Jaan_Tonisson_(Lasteleht), lk 536
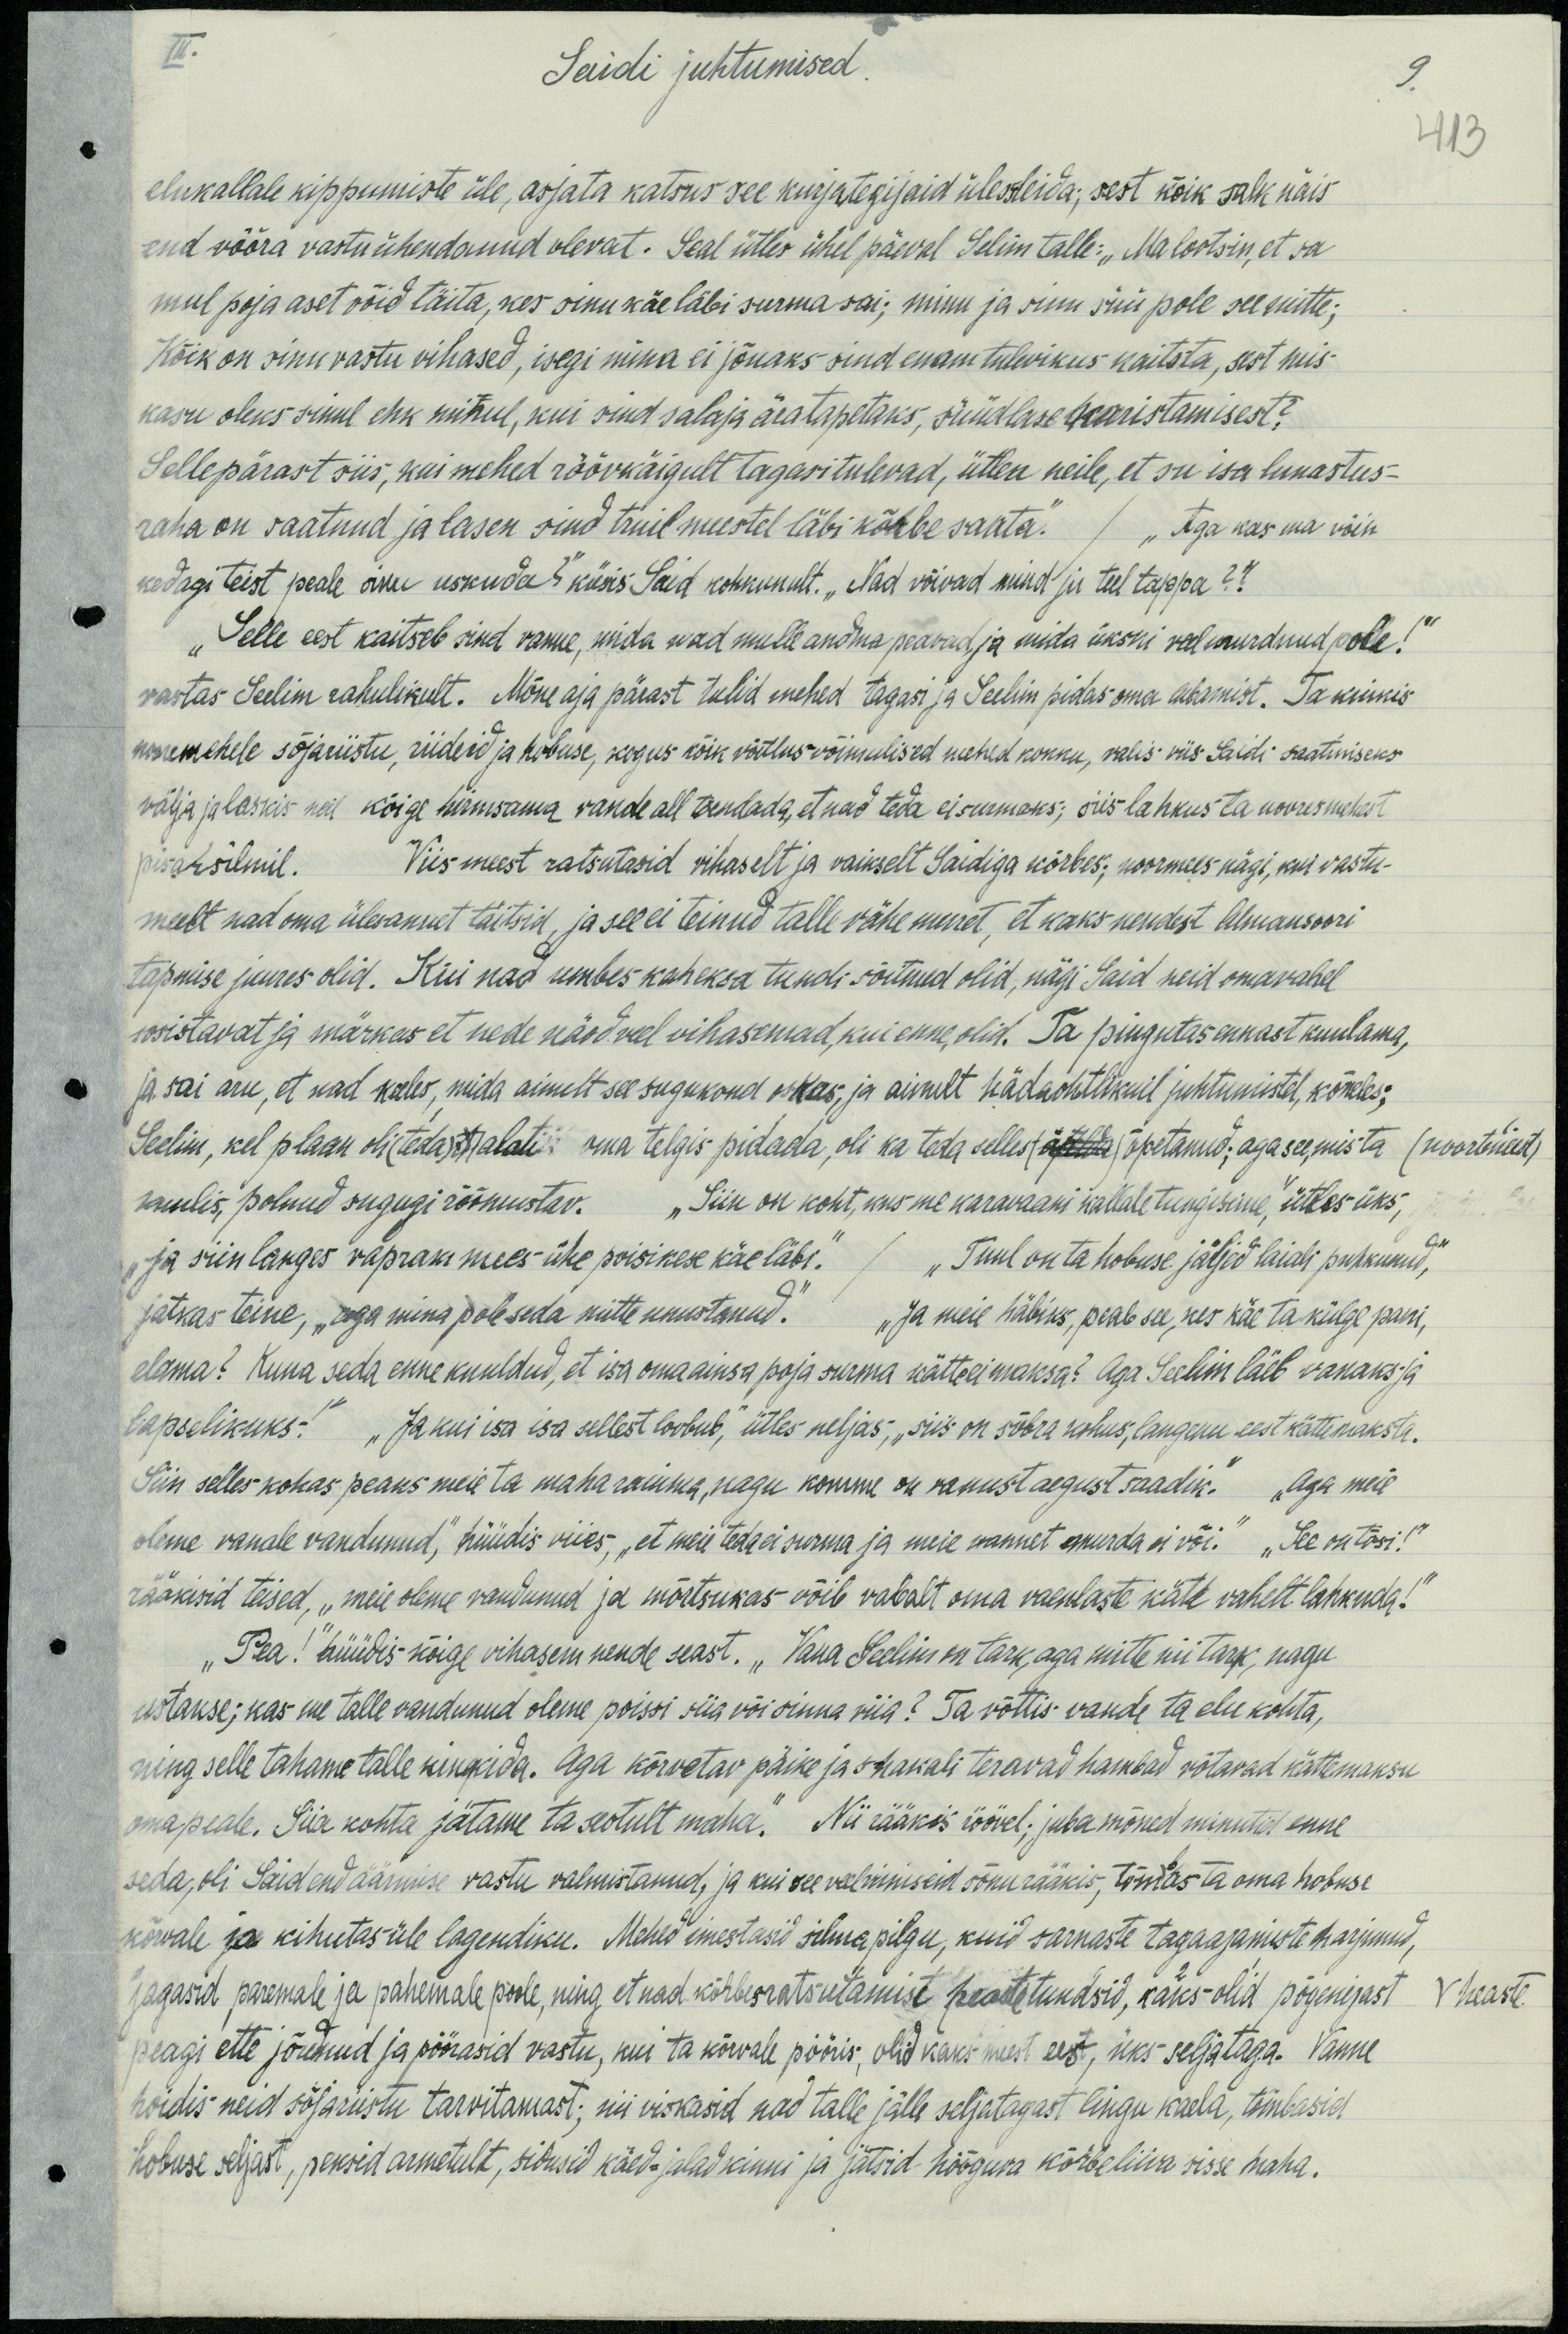
III.
Saidi juhtumised.
9.
413
elukallale kippumiste üle, asjata katsus see kurjategijaid ülesleida; sest kõik salk näis
end võõra vastu ühendanud olevat. Seal ütles ühel päeval Selim talle: "Ma lootsin, et sa
mul poja aset võid täita, kes sinu käe läbi surma sai; minu ja sinu süü pole see mitte;
Kõik on sinu vastu vihased, isegi mina ei jõuaks sind enam tulevikus kaitsta, sest mis-
kasu oleks sinul ehk minul, kui sind salaja äratapetaks, süüdlase karistamisest?
Sellepärast siis, kui mehed röövkäigult tagasitulevad, ütlen neile, et su isa lunastus-
raha on saatnud ja lasen sind truil meestel läbi kõrbe saata. /Aga kas ma võin
kedagi teist peale sinu uskuda?" küsis Said kohkunult. „Nad võivad mind ju teel tappa?“
"Selle eest kaitseb sind vanne, mida nad mulle andma peavad ja mida ükski veel murdnud pole!"
vastas Seelim rahulikult. Mõne aja pärast tulid mehed tagasi ja Seelim pidas oma lubamist. Ta kinkis
nooremehele sõjariistu, riideid ja hobuse, kogus kõik võitusvõimelised mehed kokku, valis viis Saidi saatmiseks
välja ja laskis neil kõige hirmsama vande all tõendada, et nad teda ei surmaks, siis lahkus ta nooresmehest
pisarsilmil. Viis meest ratsutasid vihaselt ja vaikselt Saidiga kõrbes: noormees nägi, kui vastu-
meelt nad oma ülesannet täitsid, ja see ei teinud talle vähe muret, et kaks nendest Almansoori
tapmise juures olid. Kui nad umbes kaheksa tundi sõitnud olid, nägi Said neid omavahel
sosistavat ja märkas et nende näod veel vihasemad, kui enne, olid. Ta pingutas ennast kuulama,
ja sai aru, et nad keeles, mida ainult see sugukond oskas, ja ainult hädaohtlikuil juhtumistel, kõneles;
Seelim, kel plaan oli (teda) alat oma telgis pidada, oli ka teda selles õpetanud, aga see mis ta / noortmeest/
kuulis, polnud sugugi rõõmustav. „Siin on koht, mis me karavaani kallale tungisime," ütles üks,
„ja siin langes vapram mees ühe poisikese käe läbi." / „Tuul on ta hobuse jäljed laiali puhkunud,"
jatkas teine, "aga mina pole seda mitte unustanud." / "Ja meie häbiks, peab see, kes käe ta külge pani,
elama? Kuna seda enne kuuldud, et isa oma ainsa poja surma kätte ei maksa? Aga Seelim läeb vanaks ja
lapselikuks" "Ja kui isa isa sellest loobub," ütles neljas, „siis on sõbra kohus, langenu eest kätte maksta.
Siin selles kohas peaks meie ta maha raiuma, nagu komme on vanast aegust saadik. Aga meie
olme vanale vandunud," hüüdis viies, "et meie teda ei surma ja meie vannet murda ei või." "See on tõsi!"
rääkisid teised, „meie olema vandunud ja mõrtsukas võib vabalt oma vaenlaste käte vahelt lahkuda."
"Pea!" hüüdis kõige vihasem nende seast. „Vana Seelim on tark, aga mitte nii tark, nagu
ustakse; kas me talle vandunud oleme poissi siia või sinna viia? Ta võttis vande ta elu kohta,
ning selle tahame talle kinkida. Aga kõrvetav päike ja shakali teravad hambad võtavad kättemaksu
oma peale. Siia kohta jätame ta seotult maha." Nii rääkis röövel: juba mõned minutid enne
seda, oli Said end äärmise vastu valmistanud, ja nii see viimseid sõnu rääkis, tõmdbs ta oma hobuse
kõrvale ja kihutas üle lagendiku. Mehed imestasid silma pilgu, kuid sarnaste tagaajamiste harjunud,
jagasid paremale ja pahemale poole, ning et nad kõrbesratsutamist heaste tundsid, kaks olid põgenejast
V heaste
peagi ette jõudnud ja pöörasid vastu, kui ta kõrvale pööris, olid kaks meest eest, üks seljataga. Vanne
hoidis neid sõjariistu tarvitamast; nii viskasid nad talle jälle seljatagast lingu kaela, tõmbasid
hobuse sajast, peksid armetult, sidusid käed, jalad kinni ja jätsid hõõguva kõrbeliiva sisse maha.